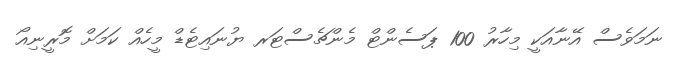
ނަމަވެސް އޭނާއަކީ މިހާރު 100 ޕަސެންޓް މެންޗެސްޓަރ ޔުނައިޓެޑް މީހެއް ކަމަށް މޮރީނިއޯ